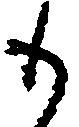
も